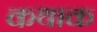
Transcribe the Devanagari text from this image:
कथाक